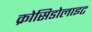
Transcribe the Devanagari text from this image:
क्रोसिडोलाइट